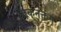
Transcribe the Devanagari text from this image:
एकनक्तम्